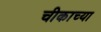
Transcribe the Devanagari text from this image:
चीकाच्या